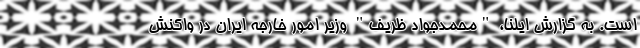
است. به گزارش ایلنا، "محمدجواد ظریف" وزیر امور خارجه ایران در واکنش